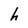
Character: h